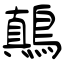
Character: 鷆